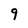
Character: 9